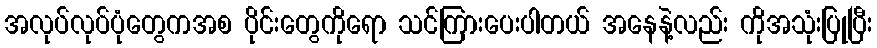
အလုပ်လုပ်ပုံတွေကအစ ပိုင်းတွေကိုရော သင်ကြားပေးပါတယ် အနေနဲ့လည်း ကိုအသုံးပြုပြီး